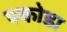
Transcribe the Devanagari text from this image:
पकोडा